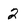
Character: 2